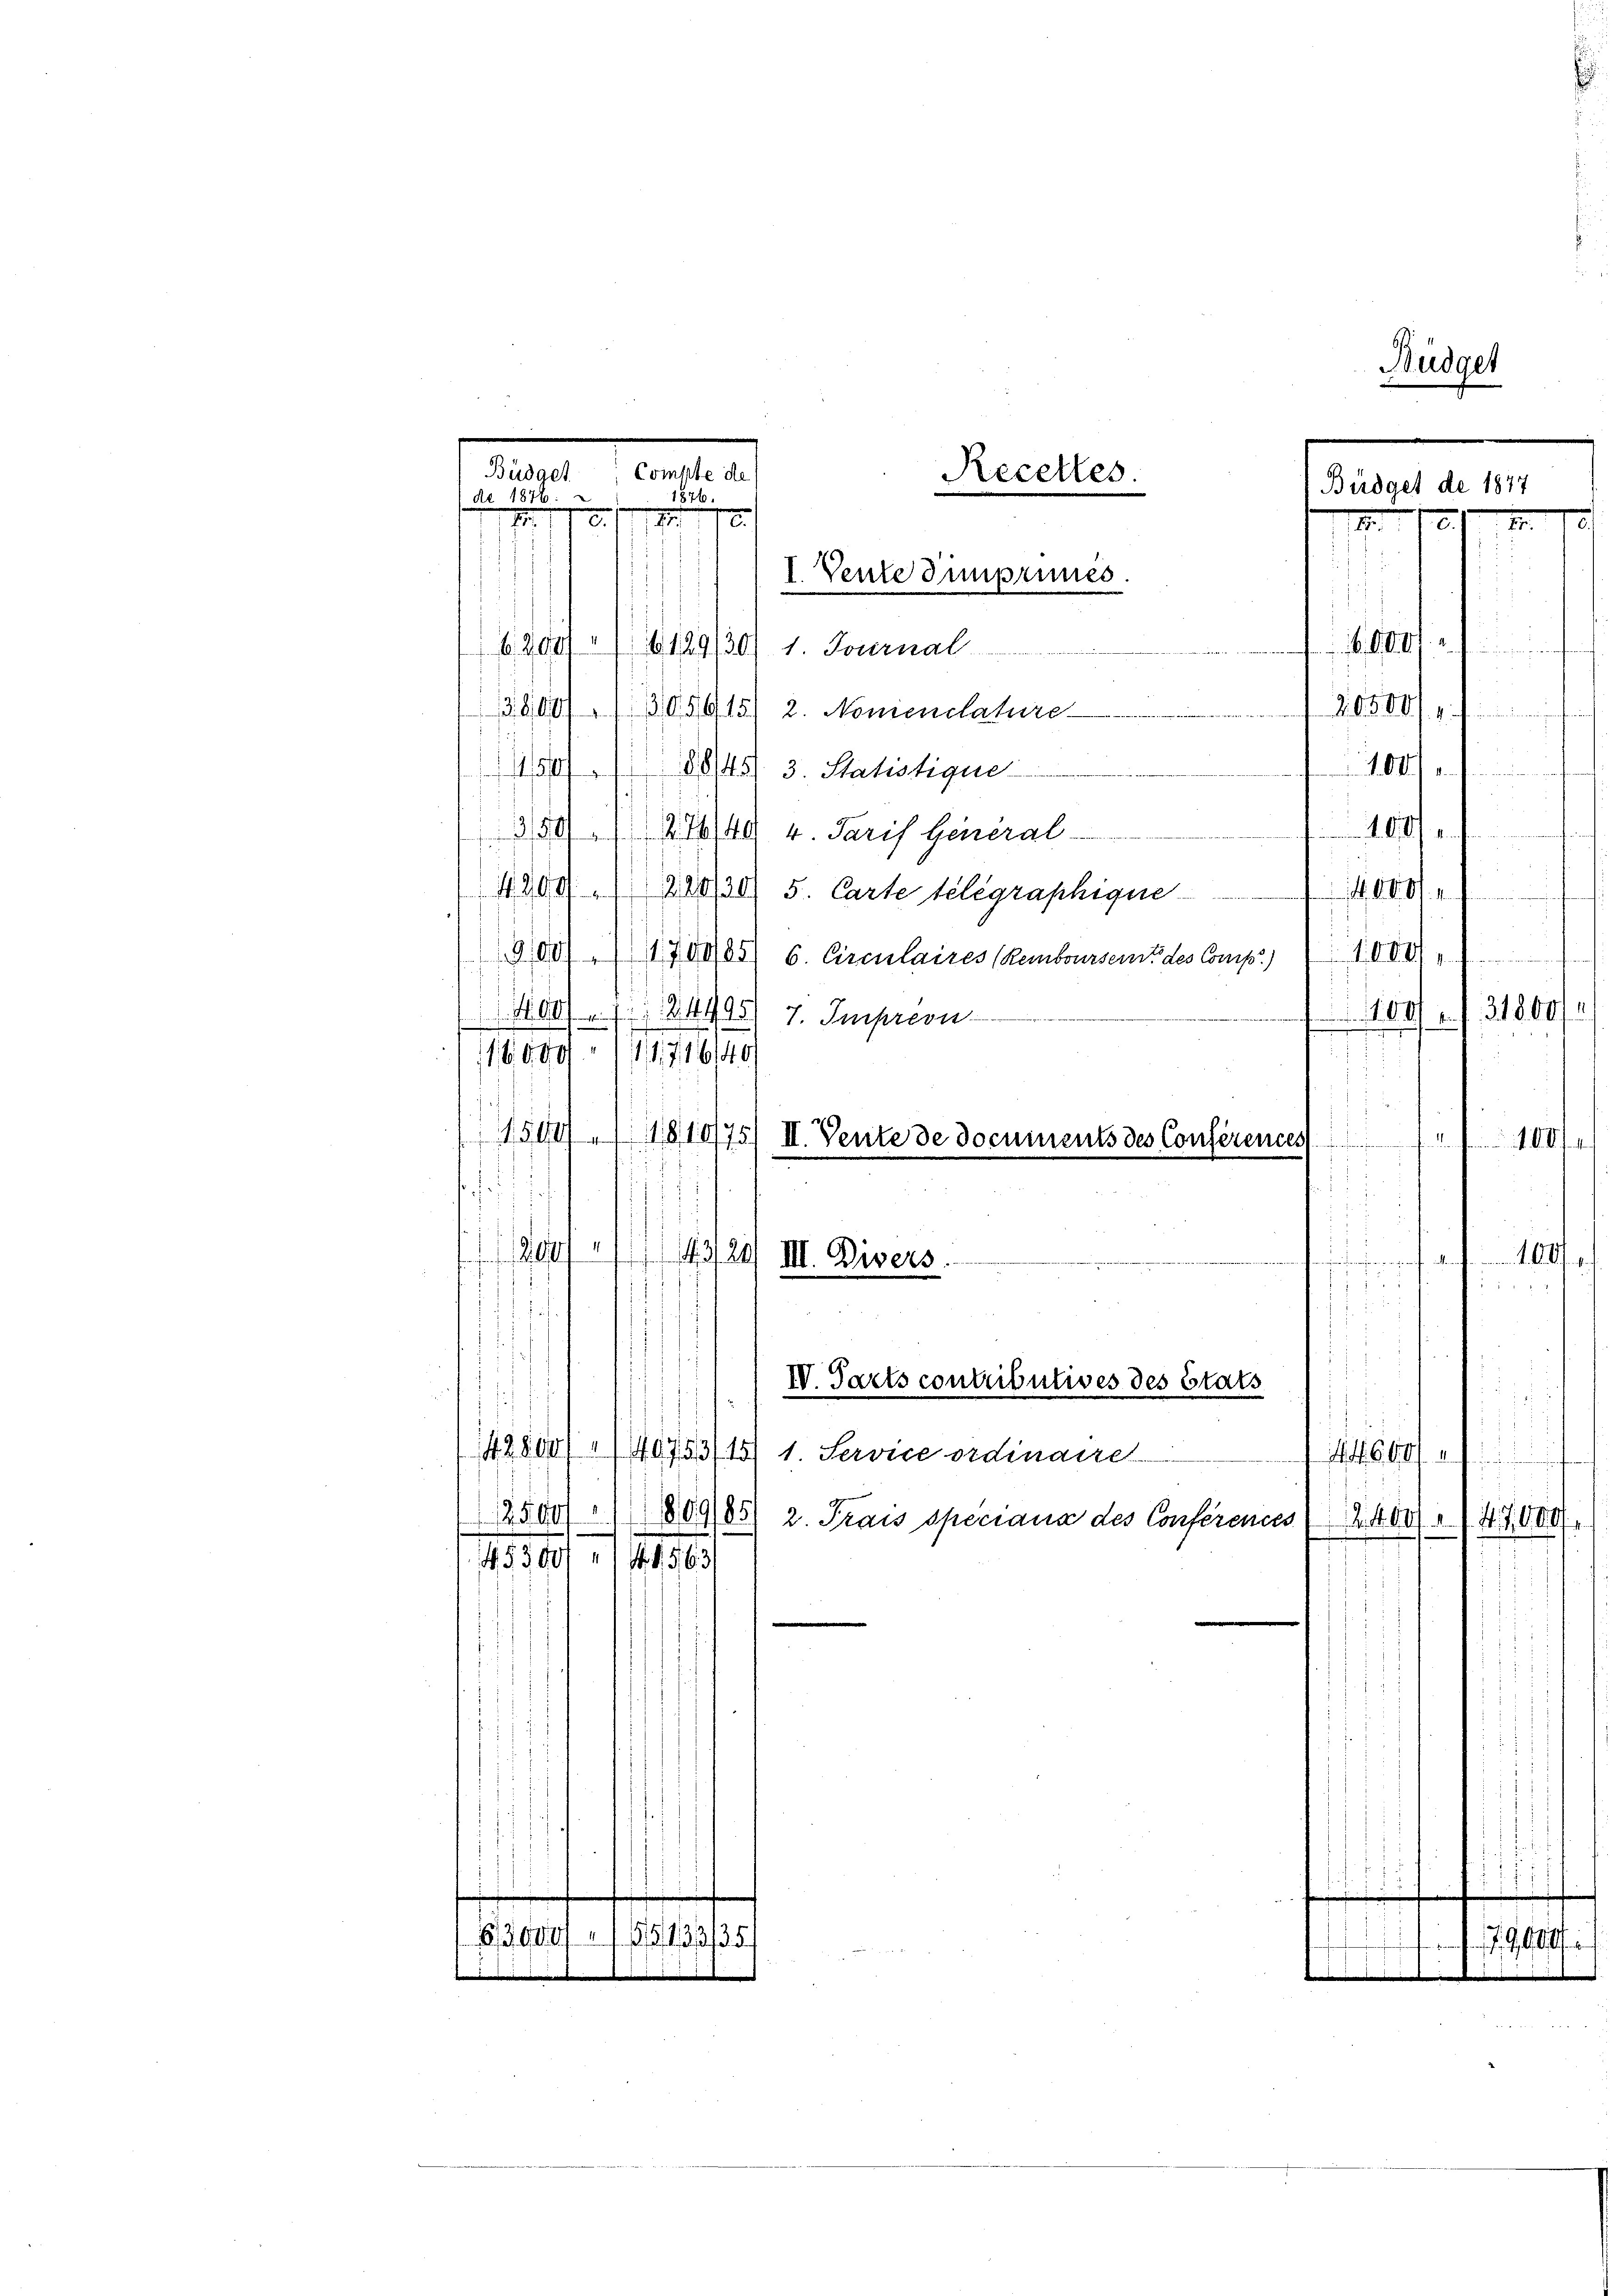
Büdget, Compte de
Recettes
1876.
Ao 1876.

3800. 1305915) 2. Nonienclature

§45) 3. Statistique
350. 27640 v. Paris General-
4200. 1280/30) 5. Carte telegraphique
900), 17885) 6. Circulaires (Remboursern des Comp.) 11 0001
400). 181998) 7. Impreon
.
16090 (1716140/
d
¬
h

inigen

11

. he
i
IV. Parts contributives des Etats
s
142800/140753/15) 1. Service ordinairet
1446001
12500/11/1869/85
2. Trais speciaux des Conferences
453101. 141563

e
Fratete ste

II.
19
1
.
I. Vente Zimprimes.
620 (129/30/ 1. Journal

1540/11 1810/75/ II. Vente de documents des Conferences
43/20) III. Divers

Büdget

Büdget de 1877
/21. M. 18
s
bi finden
30500/1
100
1. f.

.

31800

in mit de fa
100
i

2400. 47640/

s

.